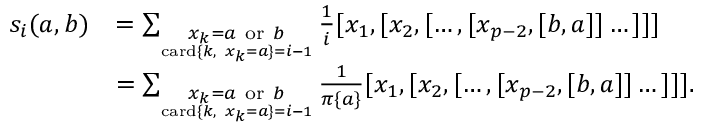
\begin{array} { r l } { s _ { i } ( a , b ) } & { = \sum _ { \underset { \mathrm { c a r d } \{ k , ~ x _ { k } = a \} = i - 1 } { x _ { k } = a \mathrm { ~ o r ~ } b } } \frac { 1 } { i } [ x _ { 1 } , [ x _ { 2 } , [ \dots , [ x _ { p - 2 } , [ b , a ] ] \dots ] ] ] } \\ & { = \sum _ { \underset { \mathrm { c a r d } \{ k , ~ x _ { k } = a \} = i - 1 } { x _ { k } = a \mathrm { ~ o r ~ } b } } \frac { 1 } { \pi \{ a \} } [ x _ { 1 } , [ x _ { 2 } , [ \dots , [ x _ { p - 2 } , [ b , a ] ] \dots ] ] ] . } \end{array}